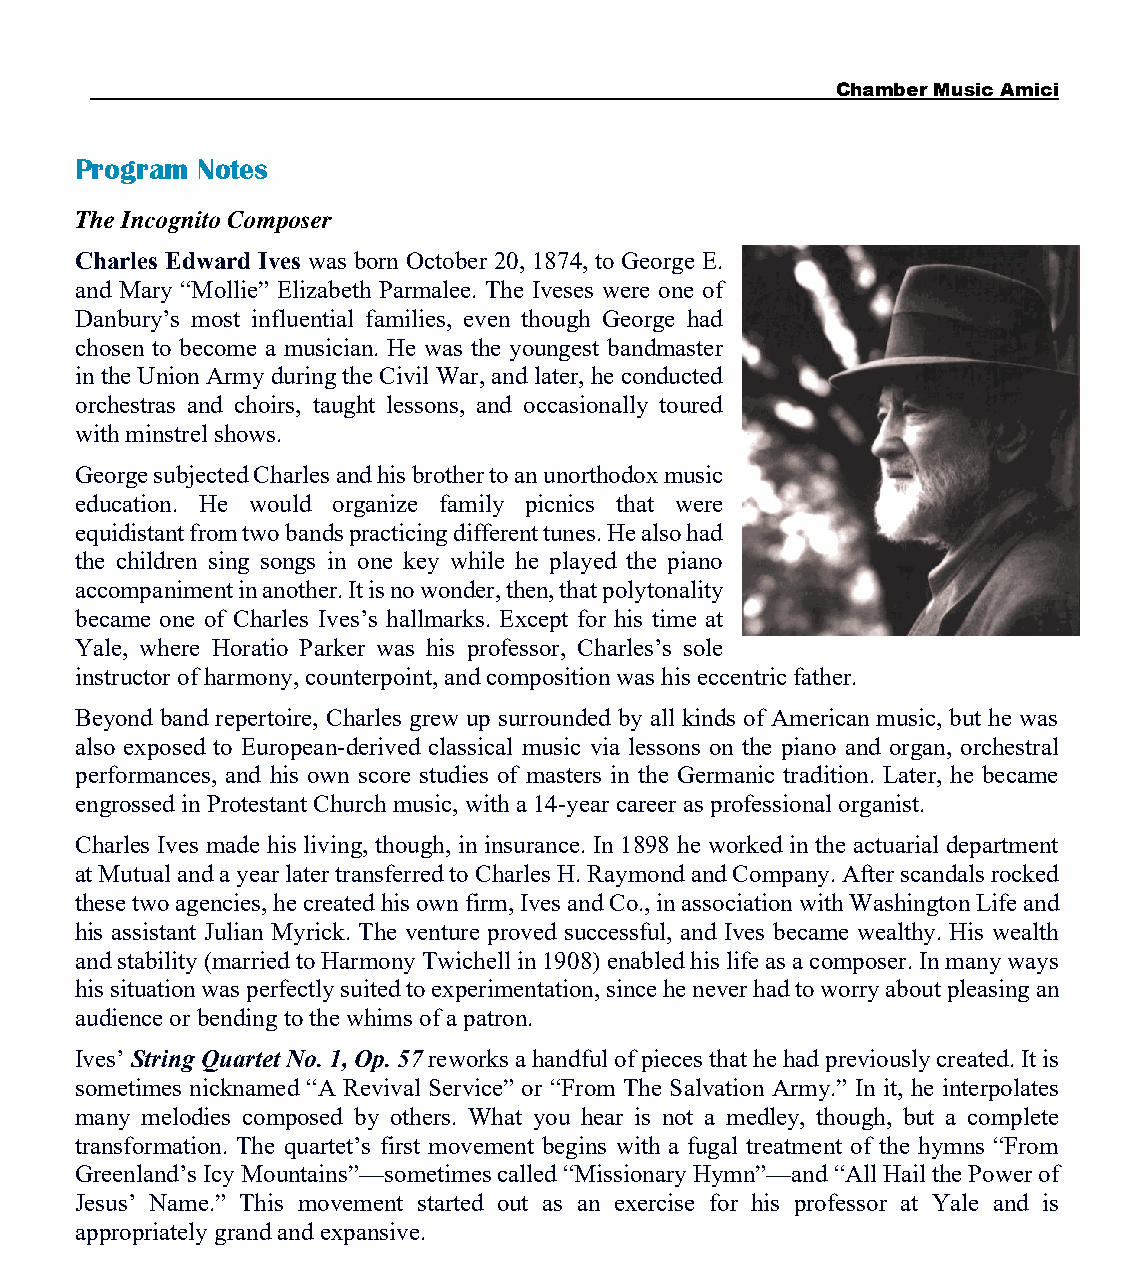
Chamber Music Amici
 Program Notes
 The Incognito Composer
 Charles Edward Ives was born October 20, 1874, to George E.
 and Mary “Mollie” Elizabeth Parmalee. The Iveses were one of
 Danbury’s most influential families, even though George had
 chosen to become a musician. He was the youngest bandmaster
 in the Union Army during the Civil War, and later, he conducted
 orchestras and choirs, taught lessons, and occasionally toured
 with minstrel shows.
 George subjected Charles and his brother to an unorthodox music
 education. He would organize family picnics that were
 equidistant from two bands practicing different tunes. He also had
 the children sing songs in one key while he played the piano
 accompaniment in another. It is no wonder, then, that polytonality
 became one of Charles Ives’s hallmarks. Except for his time at
 Yale, where Horatio Parker was his professor, Charles’s sole
 instructor of harmony, counterpoint, and composition was his eccentric father.
 Beyond band repertoire, Charles grew up surrounded by all kinds of American music, but he was
 also exposed to European-derived classical music via lessons on the piano and organ, orchestral
 performances, and his own score studies of masters in the Germanic tradition. Later, he became
 engrossed in Protestant Church music, with a 14-year career as professional organist.
 Charles Ives made his living, though, in insurance. In 1898 he worked in the actuarial department
 at Mutual and a year later transferred to Charles H. Raymond and Company. After scandals rocked
 these two agencies, he created his own firm, Ives and Co., in association with Washington Life and
 his assistant Julian Myrick. The venture proved successful, and Ives became wealthy. His wealth
 and stability (married to Harmony Twichell in 1908) enabled his life as a composer. In many ways
 his situation was perfectly suited to experimentation, since he never had to worry about pleasing an
 audience or bending to the whims of a patron.
 Ives’ String Quartet No. 1, Op. 57 reworks a handful of pieces that he had previously created. It is
 sometimes nicknamed “A Revival Service” or “From The Salvation Army.” In it, he interpolates
 many melodies composed by others. What you hear is not a medley, though, but a complete
 transformation. The quartet’s first movement begins with a fugal treatment of the hymns “From
 Greenland’s Icy Mountains”—sometimes called “Missionary Hymn”—and “All Hail the Power of
 Jesus’ Name.” This movement started out as an exercise for his professor at Yale and is
 appropriately grand and expansive.